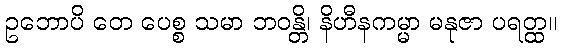
ဥဘောပိ တေ ပေစ္စ သမာ ဘဝန္တိ၊ နိဟီနကမ္မာ မနုဇာ ပရတ္ထ။